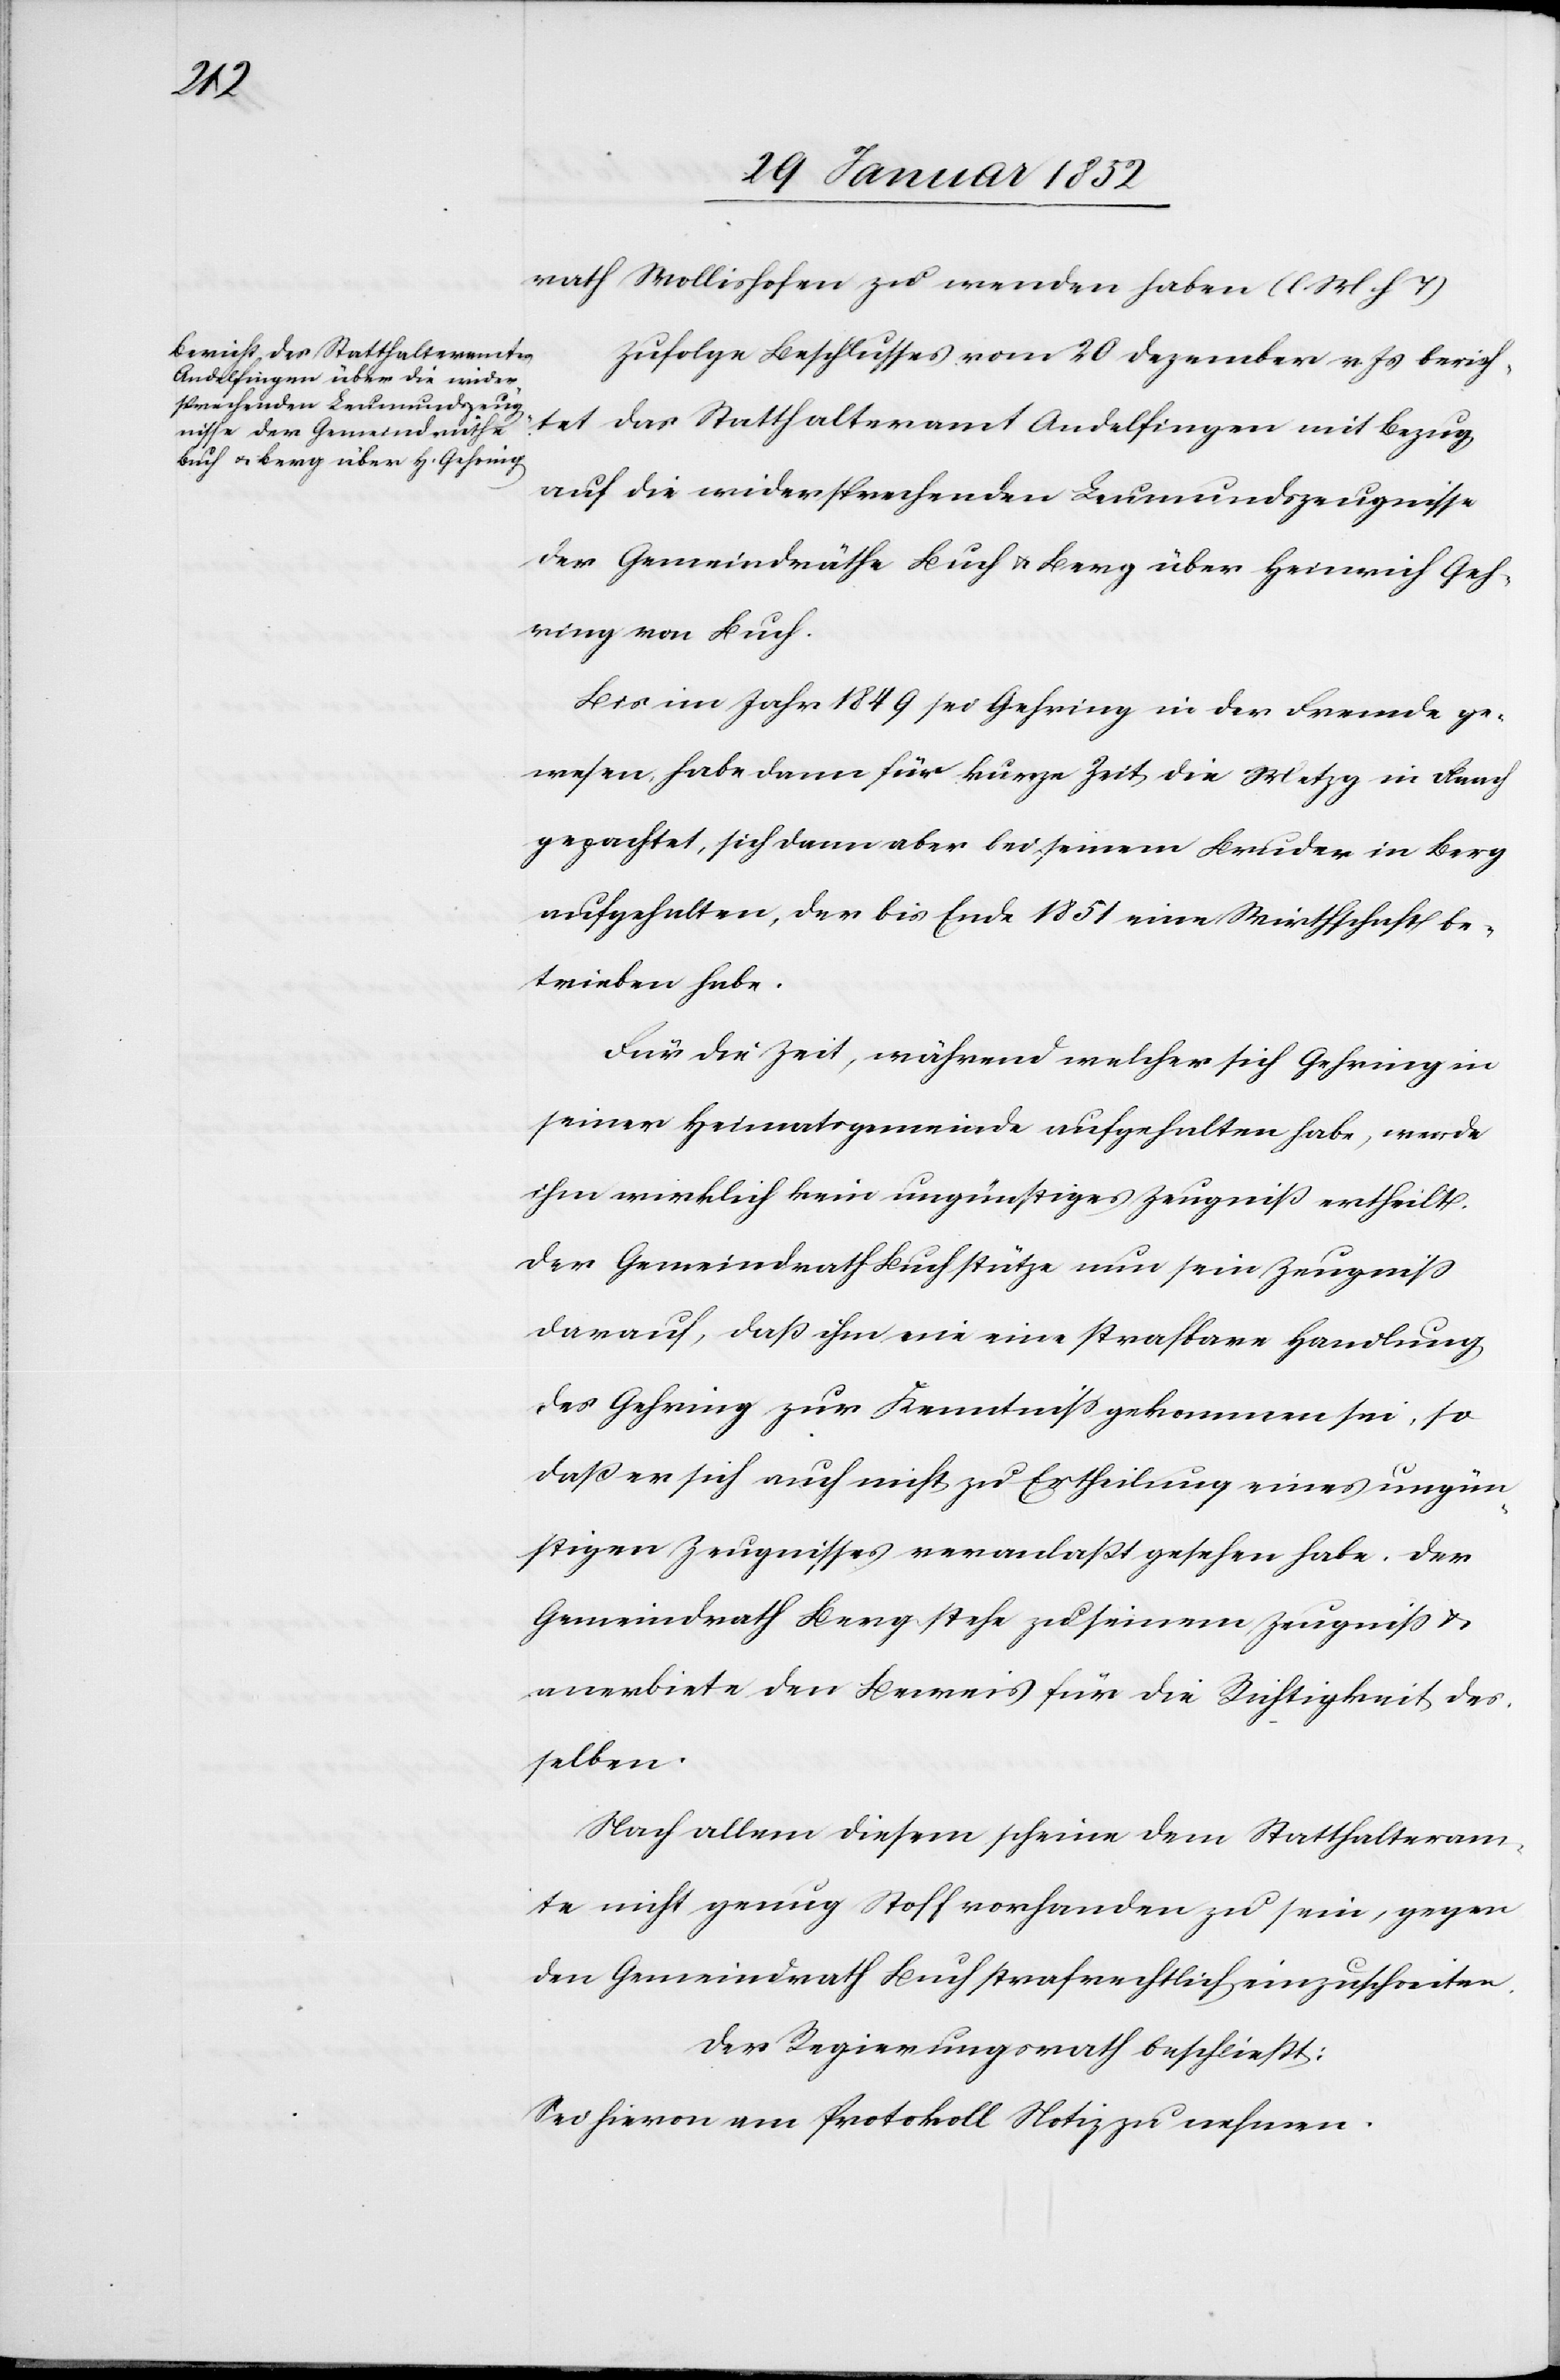
rath Wollishofen zu wenden haben. (l M h T)
Zufolge Beschlusses vom 20 Dezember v. Js berich¬
tet das Statthalteramt Andelfingen mit Bezug
auf die widersprechenden Leumundszeugnisse
der Gemeindräthe Buch u. Berg über Heinrich Geh¬
ring von Buch.
Bis im Jahr 1849 sei Gehring in der Fremde ge¬
wesen, habe dann für kurze Zeit die Metzg in Flaach
gepachtet, sich dann aber bei seinem Bruder in Berg
aufgehalten, der bis Ende 1851 eine Wirthschaft be¬
trieben habe.
Für die Zeit, während welcher sich Gehring in
seiner Heimatsgemeinde aufgehalten habe, wurde
ihm wirklich kein ungünstiges Zeugniß ertheilt.
Der Gemeindrath Buch stütze nun sein Zeugniß
darauf, daß ihm nie eine strafbare Handlung
des Gehring zur Kenntniß gekommen sei, so
daß er sich auch nicht zu Ertheilung eines ungün¬
stigen Zeugnisses veranlaßt gesehen habe. Der
Gemeindrath Berg stehe zu seinem Zeugniß u.
anerbiete den Beweis für die Richtigkeit des¬
selben.
Nach allem diesem scheine dem Statthalteram¬
t nicht genug Stoff vorhanden zu sein, gegen
den Gemeindrath Buch strafrechtlich einzuschreiten.
Der Regierungsrath beschließt:
Sei hievon am Protokoll Notiz zu nehmen.